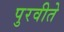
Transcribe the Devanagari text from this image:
पुरवीते